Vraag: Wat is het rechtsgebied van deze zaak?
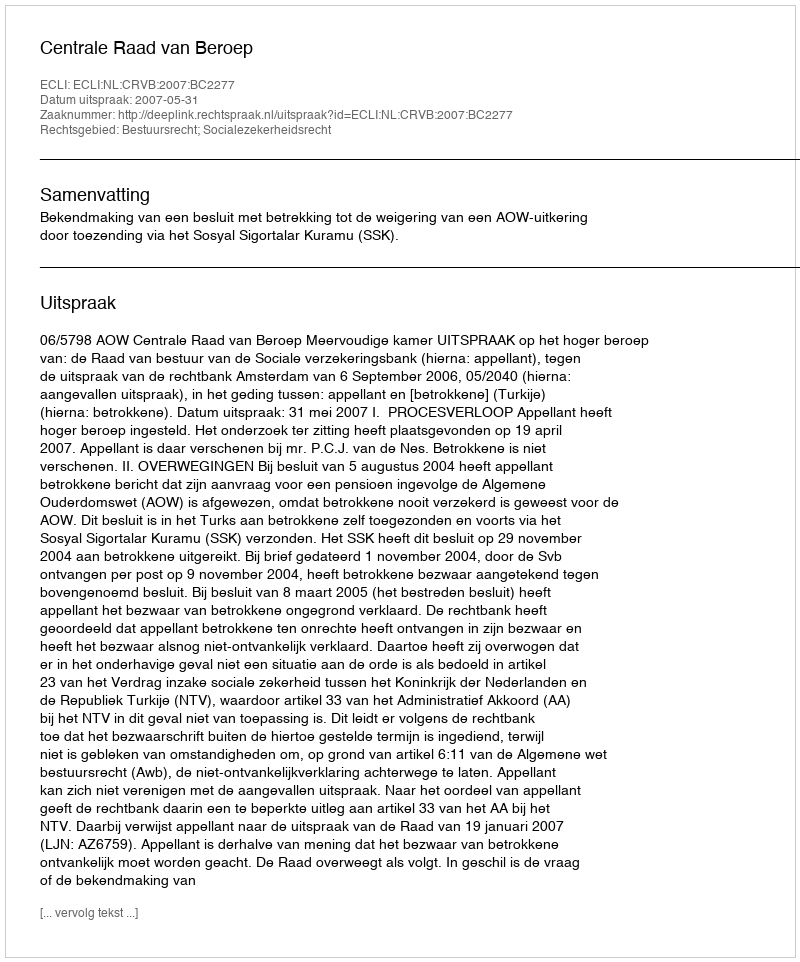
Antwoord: Bestuursrecht; Socialezekerheidsrecht